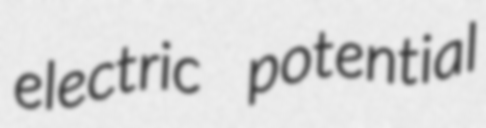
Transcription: electric potential